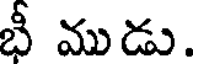
భీ ముడు.